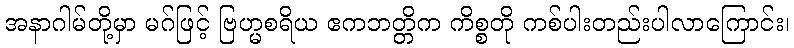
အနာဂါမ်တို့မှာ မဂ်ဖြင့် ဗြဟ္မစရိယ ဧကဘတ္တိက ကိစ္စတို ကစ်ပါးတည်းပါလာကြောင်း၊